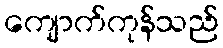
ကျောက်ကုန်သည်